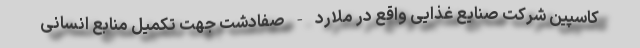
کاسپین شرکت صنایع غذایی واقع در ملارد - صفادشت جهت تکمیل منابع انسانی